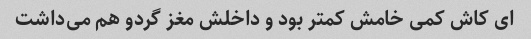
ای کاش کمی خامش کمتر بود و داخلش مغز گردو هم می‌داشت